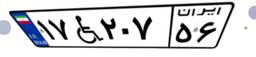
۱۷W۲۰۷۵۶